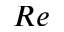
R e